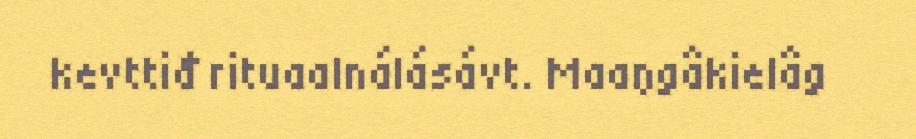
kevttiđ rituaalnálásávt. Maaŋgâkielâg